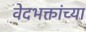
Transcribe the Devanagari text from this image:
वेदभक्तांच्या